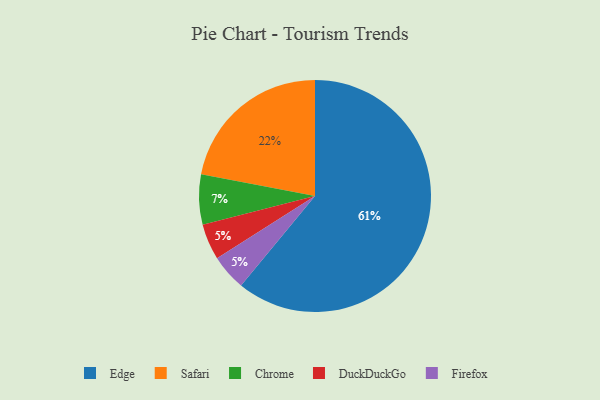
{"axis": {"x": "Category", "y": "Percentage"}, "legend": ["Chrome", "DuckDuckGo", "Edge", "Firefox", "Safari"], "data": [{"x": "DuckDuckGo", "y": 5, "type": "DuckDuckGo"}, {"x": "Firefox", "y": 5, "type": "Firefox"}, {"x": "Chrome", "y": 7, "type": "Chrome"}, {"x": "Safari", "y": 22, "type": "Safari"}, {"x": "Edge", "y": 61, "type": "Edge"}]}